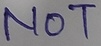
Text: NOT